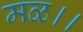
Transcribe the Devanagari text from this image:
मळ।।